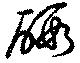
碬